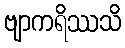
ဗျာကရိဿသိ